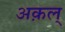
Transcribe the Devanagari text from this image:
अक़ल्‌